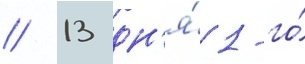
// 13 дн'я́ 1-го́